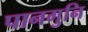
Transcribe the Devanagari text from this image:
पानगुनि